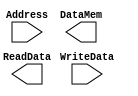
module DataCache(Address, WriteData, ReadData, DataMem);

	input Address, WriteData;
	output ReadData, DataMem;
	
endmodule